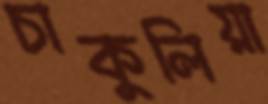
চাকুলিয়া